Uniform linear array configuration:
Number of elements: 8
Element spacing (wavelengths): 0.25
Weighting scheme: blackman
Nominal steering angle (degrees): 60
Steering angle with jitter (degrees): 58.58
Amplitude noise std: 0.05
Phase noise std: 0.05

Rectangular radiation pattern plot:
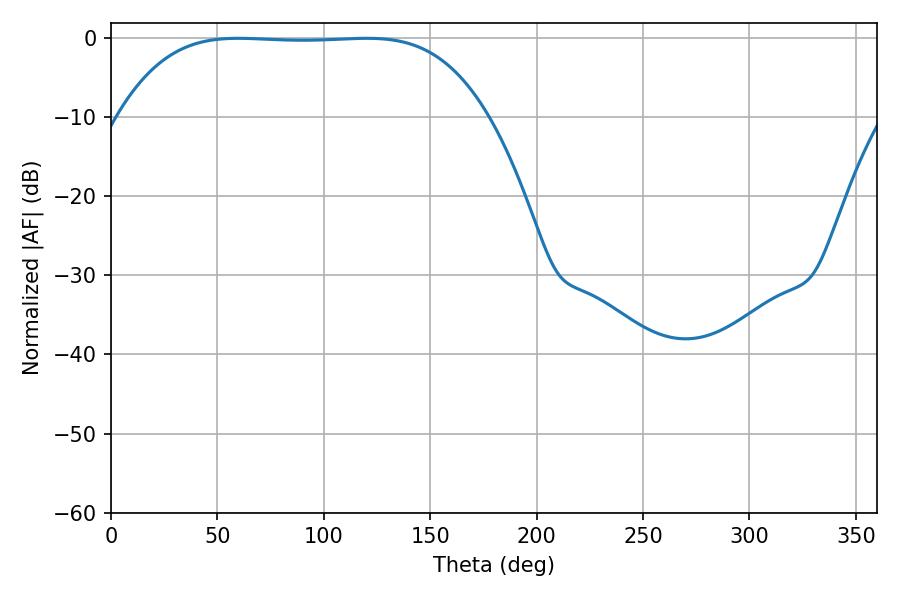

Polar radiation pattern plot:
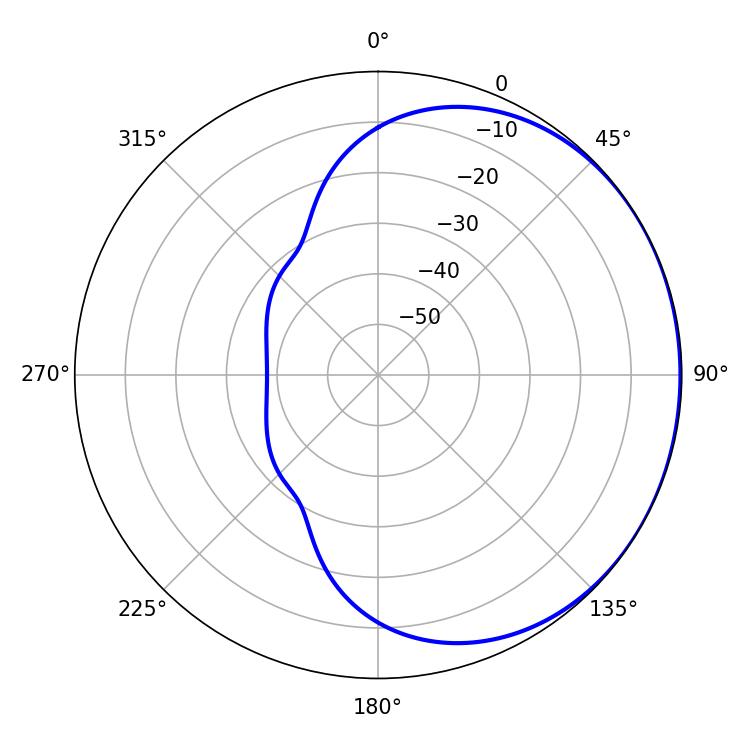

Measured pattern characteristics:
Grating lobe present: FALSE
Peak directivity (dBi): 0.5906
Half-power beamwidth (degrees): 133.2
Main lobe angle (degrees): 59.94